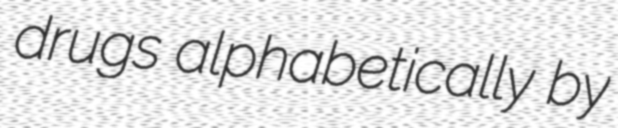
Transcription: drugs alphabetically by